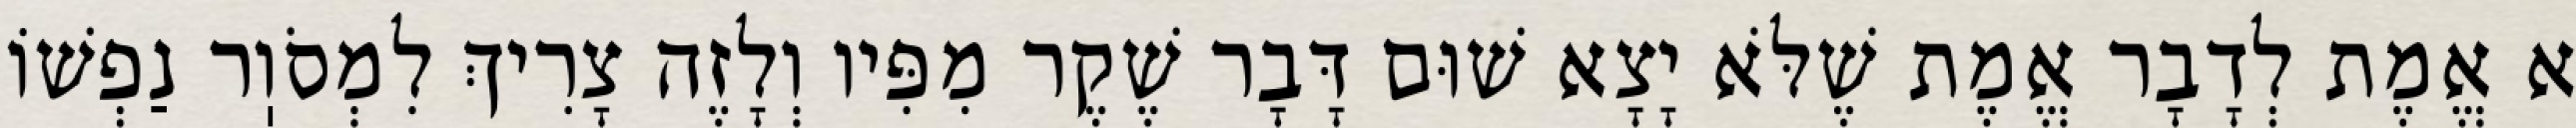
א אֱמֶת לְדָבָר אֱמֶת שֶׁלֹּא יָצָא שׁוּם דָּבָר שֶׁקֶר מִפִּיו וְלָזֶה צָרִיךְ לִמְסֹוֽר נַפְשׁוֹ